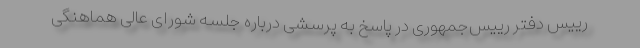
رییس دفتر رییس‌جمهوری در پاسخ به پرسشی درباره جلسه شورای عالی هماهنگی